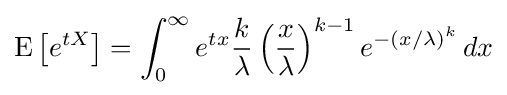
\operatorname {E} \left[e^{tX}\right]=\int _{0}^{\infty }e^{tx}{\frac {k}{\lambda }}\left({\frac {x}{\lambda }}\right)^{k-1}e^{-(x/\lambda )^{k}}\,dx